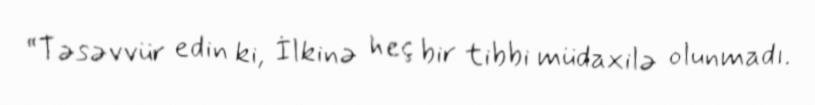
“Təsəvvür edin ki, İlkinə heç bir tibbi müdaxilə olunmadı.